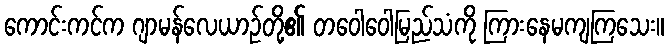
ကောင်းကင်က ဂျာမန်လေယာဉ်တို့၏ တဝေါဝေါမြည်သံကို ကြားနေမကျကြသေး။